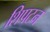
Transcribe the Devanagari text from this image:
शिपटन